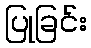
ပြုခြင်း